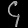
Digit: ၄